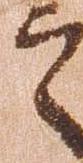
之